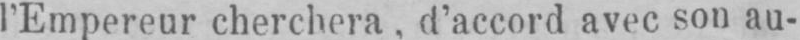
l’Empereur cherchera, d’accord avec son au-